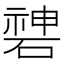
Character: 𥔻